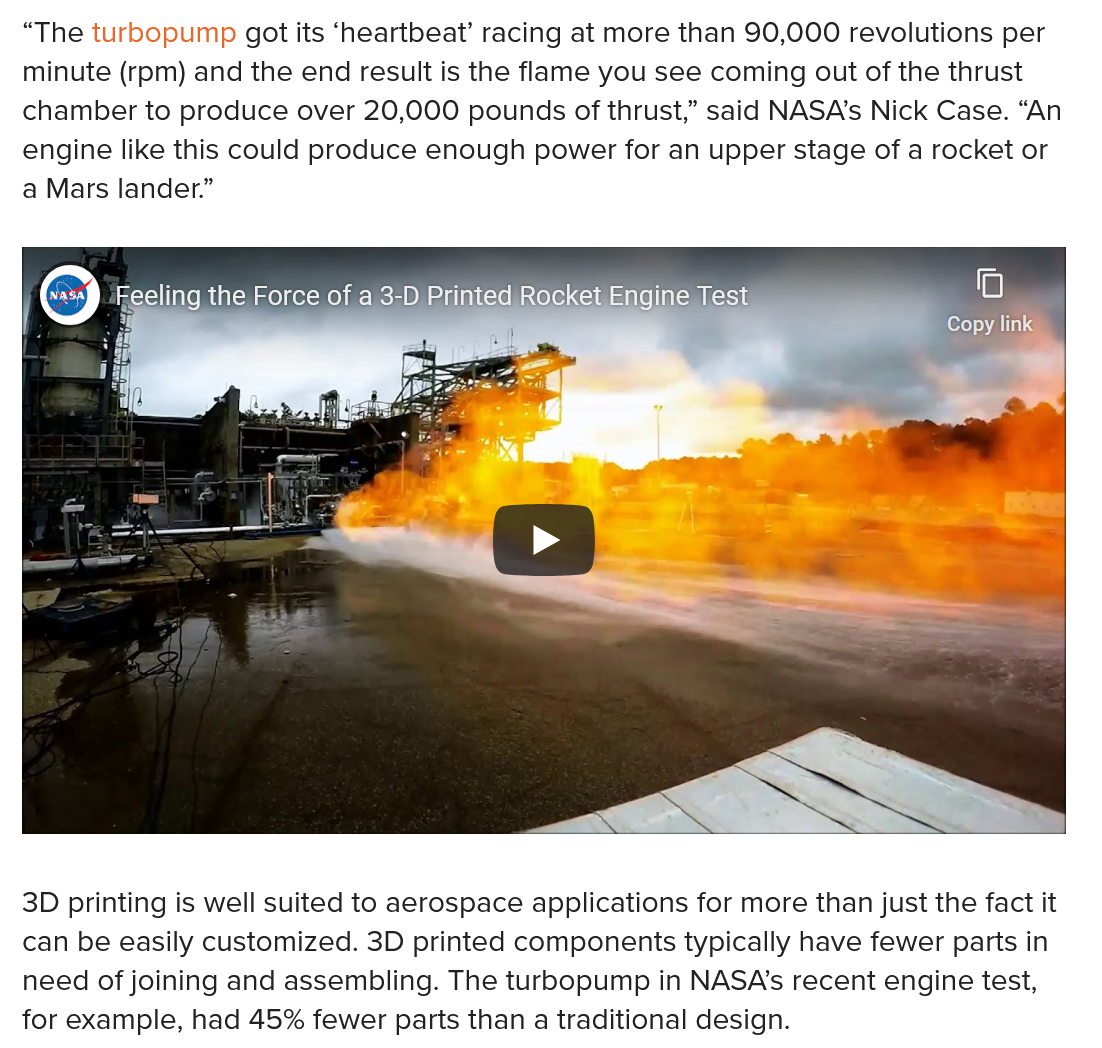
“The turbopump got its ‘heartbeat’ racing at more than 90,000 revolutions per
  minute (rpm) and the end result is the flame you see coming out of the thrust
  chamber to produce over 20,000 pounds of thrust,” said NASA's Nick Case. “An
  engine like this could produce enough power for an upper stage of a rocket or
  a Mars lander.”
  3D printing is well suited to aerospace applications for more than just the fact it
  can be easily customized. 3D printed components typically have fewer parts in
  need of joining and assembling. The turbopump in NASA‘s recent engine test,
  for example, had 45% fewer parts than a traditional design.